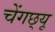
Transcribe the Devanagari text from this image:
चेंगछ्यू